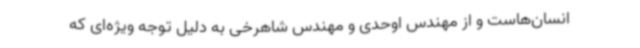
انسان‌هاست و از مهندس اوحدی و مهندس شاهرخی به دلیل توجه ویژه‌ای که